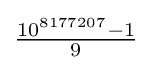
{\tfrac {10^{8177207}-1}{9}}